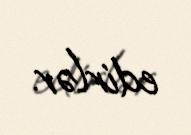
edirlər.